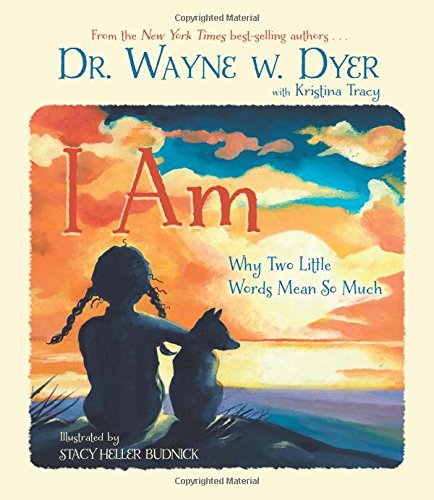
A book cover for I Am: Why Two Little Words Mean So Much; Wayne W. Dyer; Children's Books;